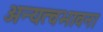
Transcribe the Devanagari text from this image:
अन्यत्वभावना